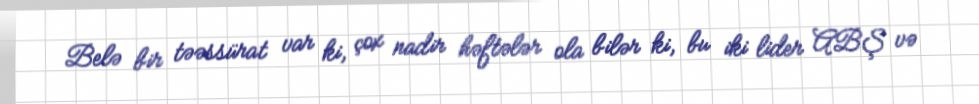
Belə bir təəssürat var ki, çox nadir həftələr ola bilər ki, bu iki lider ABŞ və